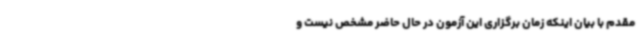
مقدم با بیان اینکه زمان برگزاری این آزمون در حال حاضر مشخص نیست و